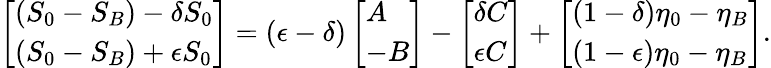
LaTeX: \left[\begin{array}{l}{(S_{0}-S_{B})-\delta S_{0}}\\ {(S_{0}-S_{B})+\epsilon S_{0}}\end{array}\right]=(\epsilon-\delta)\left[\begin{array}{l}{A}\\ {-B}\end{array}\right]-\left[\begin{array}{l}{\delta C}\\ {\epsilon C}\end{array}\right]+\left[\begin{array}{l}{(1-\delta)\eta_{0}-\eta_{B}}\\ {(1-\epsilon)\eta_{0}-\eta_{B}}\end{array}\right].